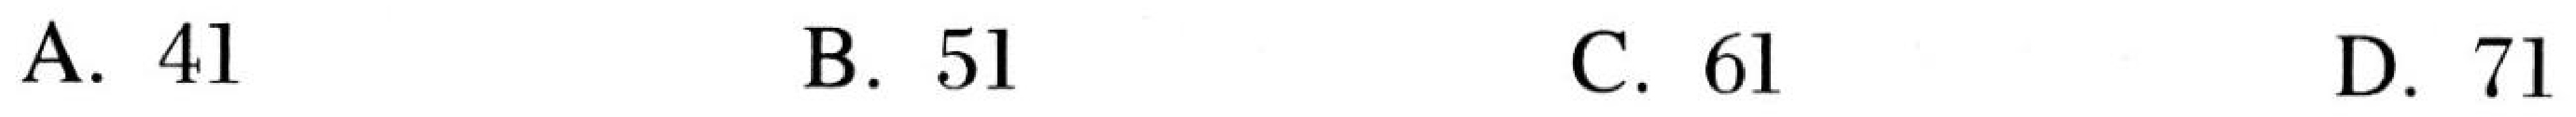
A. \(41\)  B. \(51\)  C. \(61\)  D. \(71\)